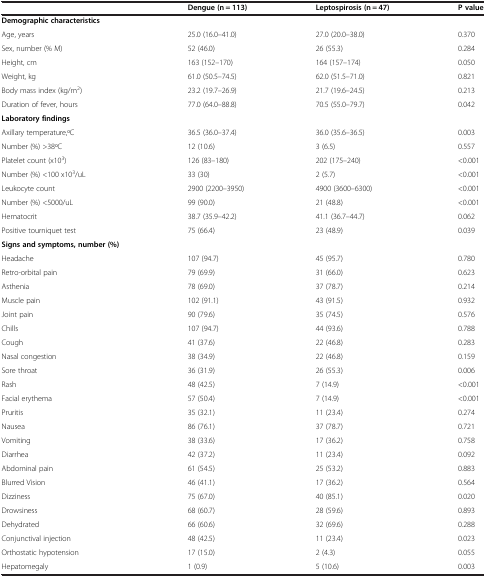
<table><thead><tr><td><b> </b></td><td><b>Dengue (n = 113)</b></td><td><b>Leptospirosis (n = 47)</b></td><td><b>P value</b></td></tr></thead><tbody><tr><td><b>Demographic characteristics</b></td><td> </td><td> </td><td> </td></tr><tr><td>Age, years</td><td>25.0 (16.0–41.0)</td><td>27.0 (20.0–38.0)</td><td>0.370</td></tr><tr><td>Sex, number (% M)</td><td>52 (46.0)</td><td>26 (55.3)</td><td>0.284</td></tr><tr><td>Height, cm</td><td>163 (152–170)</td><td>164 (157–174)</td><td>0.050</td></tr><tr><td>Weight, kg</td><td>61.0 (50.5–74.5)</td><td>62.0 (51.5–71.0)</td><td>0.821</td></tr><tr><td>Body mass index (kg/m<sup>2</sup>)</td><td>23.2 (19.7–26.9)</td><td>21.7 (19.6–24.5)</td><td>0.213</td></tr><tr><td>Duration of fever, hours</td><td>77.0 (64.0–88.8)</td><td>70.5 (55.0–79.7)</td><td>0.042</td></tr><tr><td><b>Laboratory findings</b></td><td> </td><td> </td><td> </td></tr><tr><td>Axillary temperature,oC</td><td>36.5 (36.0–37.4)</td><td>36.0 (35.6–36.5)</td><td>0.003</td></tr><tr><td>Number (%) &gt;38oC</td><td>12 (10.6)</td><td>3 (6.5)</td><td>0.557</td></tr><tr><td>Platelet count (x10<sup>3</sup>)</td><td>126 (83–180)</td><td>202 (175–240)</td><td>&lt;0.001</td></tr><tr><td>Number (%) &lt;100 x10<sup>3</sup>/uL</td><td>33 (30)</td><td>2 (5.7)</td><td>&lt;0.001</td></tr><tr><td>Leukocyte count</td><td>2900 (2200–3950)</td><td>4900 (3600–6300)</td><td>&lt;0.001</td></tr><tr><td>Number (%) &lt;5000/uL</td><td>99 (90.0)</td><td>21 (48.8)</td><td>&lt;0.001</td></tr><tr><td>Hematocrit</td><td>38.7 (35.9–42.2)</td><td>41.1 (36.7–44.7)</td><td>0.062</td></tr><tr><td>Positive tourniquet test</td><td>75 (66.4)</td><td>23 (48.9)</td><td>0.039</td></tr><tr><td><b>Signs and symptoms, number (%)</b></td><td> </td><td> </td><td> </td></tr><tr><td>Headache</td><td>107 (94.7)</td><td>45 (95.7)</td><td>0.780</td></tr><tr><td>Retro-orbital pain</td><td>79 (69.9)</td><td>31 (66.0)</td><td>0.623</td></tr><tr><td>Asthenia</td><td>78 (69.0)</td><td>37 (78.7)</td><td>0.214</td></tr><tr><td>Muscle pain</td><td>102 (91.1)</td><td>43 (91.5)</td><td>0.932</td></tr><tr><td>Joint pain</td><td>90 (79.6)</td><td>35 (74.5)</td><td>0.576</td></tr><tr><td>Chills</td><td>107 (94.7)</td><td>44 (93.6)</td><td>0.788</td></tr><tr><td>Cough</td><td>41 (37.6)</td><td>22 (46.8)</td><td>0.283</td></tr><tr><td>Nasal congestion</td><td>38 (34.9)</td><td>22 (46.8)</td><td>0.159</td></tr><tr><td>Sore throat</td><td>36 (31.9)</td><td>26 (55.3)</td><td>0.006</td></tr><tr><td>Rash</td><td>48 (42.5)</td><td>7 (14.9)</td><td>&lt;0.001</td></tr><tr><td>Facial erythema</td><td>57 (50.4)</td><td>7 (14.9)</td><td>&lt;0.001</td></tr><tr><td>Pruritis</td><td>35 (32.1)</td><td>11 (23.4)</td><td>0.274</td></tr><tr><td>Nausea</td><td>86 (76.1)</td><td>37 (78.7)</td><td>0.721</td></tr><tr><td>Vomiting</td><td>38 (33.6)</td><td>17 (36.2)</td><td>0.758</td></tr><tr><td>Diarrhea</td><td>42 (37.2)</td><td>11 (23.4)</td><td>0.092</td></tr><tr><td>Abdominal pain</td><td>61 (54.5)</td><td>25 (53.2)</td><td>0.883</td></tr><tr><td>Blurred Vision</td><td>46 (41.1)</td><td>17 (36.2)</td><td>0.564</td></tr><tr><td>Dizziness</td><td>75 (67.0)</td><td>40 (85.1)</td><td>0.020</td></tr><tr><td>Drowsiness</td><td>68 (60.7)</td><td>28 (59.6)</td><td>0.893</td></tr><tr><td>Dehydrated</td><td>66 (60.6)</td><td>32 (69.6)</td><td>0.288</td></tr><tr><td>Conjunctival injection</td><td>48 (42.5)</td><td>11 (23.4)</td><td>0.023</td></tr><tr><td>Orthostatic hypotension</td><td>17 (15.0)</td><td>2 (4.3)</td><td>0.055</td></tr><tr><td>Hepatomegaly</td><td>1 (0.9)</td><td>5 (10.6)</td><td>0.003</td></tr></tbody></table>